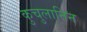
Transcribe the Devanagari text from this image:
कुचुलानिन